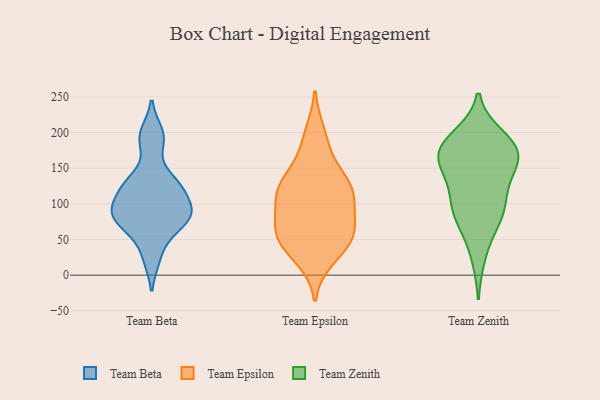
{"axis": {"x": "Shipments", "y": "Value"}, "legend": ["Team Beta", "Team Epsilon", "Team Zenith"], "data": [{"x": "", "y": 200, "type": "Team Beta"}, {"x": "", "y": 73, "type": "Team Beta"}, {"x": "", "y": 109, "type": "Team Beta"}, {"x": "", "y": 186, "type": "Team Beta"}, {"x": "", "y": 86, "type": "Team Beta"}, {"x": "", "y": 23, "type": "Team Beta"}, {"x": "", "y": 128, "type": "Team Beta"}, {"x": "", "y": 58, "type": "Team Beta"}, {"x": "", "y": 92, "type": "Team Beta"}, {"x": "", "y": 127, "type": "Team Beta"}, {"x": "", "y": 86, "type": "Team Beta"}, {"x": "", "y": 131, "type": "Team Beta"}, {"x": "", "y": 84, "type": "Team Beta"}, {"x": "", "y": 42, "type": "Team Epsilon"}, {"x": "", "y": 125, "type": "Team Epsilon"}, {"x": "", "y": 197, "type": "Team Epsilon"}, {"x": "", "y": 60, "type": "Team Epsilon"}, {"x": "", "y": 67, "type": "Team Epsilon"}, {"x": "", "y": 128, "type": "Team Epsilon"}, {"x": "", "y": 101, "type": "Team Epsilon"}, {"x": "", "y": 59, "type": "Team Epsilon"}, {"x": "", "y": 25, "type": "Team Epsilon"}, {"x": "", "y": 123, "type": "Team Epsilon"}, {"x": "", "y": 43, "type": "Team Epsilon"}, {"x": "", "y": 93, "type": "Team Epsilon"}, {"x": "", "y": 120, "type": "Team Epsilon"}, {"x": "", "y": 130, "type": "Team Epsilon"}, {"x": "", "y": 180, "type": "Team Epsilon"}, {"x": "", "y": 61, "type": "Team Epsilon"}, {"x": "", "y": 170, "type": "Team Zenith"}, {"x": "", "y": 110, "type": "Team Zenith"}, {"x": "", "y": 184, "type": "Team Zenith"}, {"x": "", "y": 88, "type": "Team Zenith"}, {"x": "", "y": 167, "type": "Team Zenith"}, {"x": "", "y": 71, "type": "Team Zenith"}, {"x": "", "y": 26, "type": "Team Zenith"}, {"x": "", "y": 191, "type": "Team Zenith"}, {"x": "", "y": 195, "type": "Team Zenith"}, {"x": "", "y": 115, "type": "Team Zenith"}, {"x": "", "y": 163, "type": "Team Zenith"}, {"x": "", "y": 148, "type": "Team Zenith"}, {"x": "", "y": 176, "type": "Team Zenith"}, {"x": "", "y": 96, "type": "Team Zenith"}, {"x": "", "y": 165, "type": "Team Zenith"}, {"x": "", "y": 76, "type": "Team Zenith"}, {"x": "", "y": 141, "type": "Team Zenith"}]}